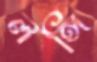
লঙ্গি